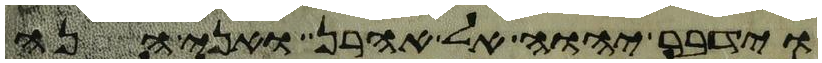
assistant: וידבר יהוה אל אהרן ואני הנה